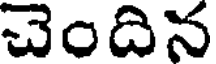
చెందిన